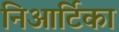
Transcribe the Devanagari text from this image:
निआर्टिका